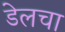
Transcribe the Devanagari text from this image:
डेलचा